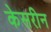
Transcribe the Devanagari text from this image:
केसरीन